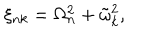
\xi _ { n k } = \Omega _ { n } ^ { 2 } + \tilde { \omega } _ { k } ^ { 2 } ,